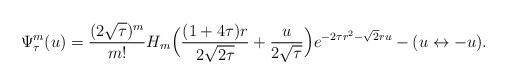
LaTeX: \begin{align*}\Psi_\tau^m(u)=\frac{(2\sqrt\tau)^m}{m!} H_m\Big(\frac{(1+4\tau)r}{2\sqrt{2\tau}}+\frac u{2\sqrt\tau}\Big)e^{-2\tau r^2-\sqrt2ru}-(u\leftrightarrow -u).\end{align*}